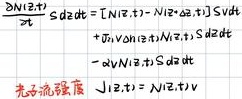
\[
\begin{align*}
\frac{\partial N(\vec{r},t)}{\partial t}Sd\vec{r}&=[N(\vec{r},t)-N(\vec{r}+d\vec{r},t)]Sv\\
&+\vec{\nabla}\cdot[D(\vec{r},t)\vec{\nabla}N(\vec{r},t,S)]d\vec{r}\\
&-\alpha N(\vec{r},t)Sd\vec{r}
\end{align*}
\]
 光电流强度  $J(\vec{r},t) = N(\vec{r},t)v$